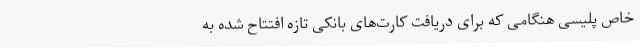
خاص پلیسی هنگامی که برای دریافت کارت‌های بانکی تازه افتتاح شده به